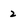
Character: 2